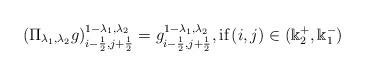
LaTeX: \begin{align*}\left(\Pi_{\lambda_1,\lambda_2}g\right)^{1-\lambda_1,\lambda_2}_{i-\frac{1}{2},j+\frac{1}{2}} = g^{1-\lambda_1,\lambda_2}_{i-\frac{1}{2},j+\frac{1}{2}}, \mbox{if} \left(i,j\right) \in (\Bbbk_2^+,\Bbbk_1^-)\end{align*}